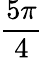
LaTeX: \frac{5\pi}{4}